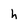
Character: h